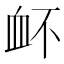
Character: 衃